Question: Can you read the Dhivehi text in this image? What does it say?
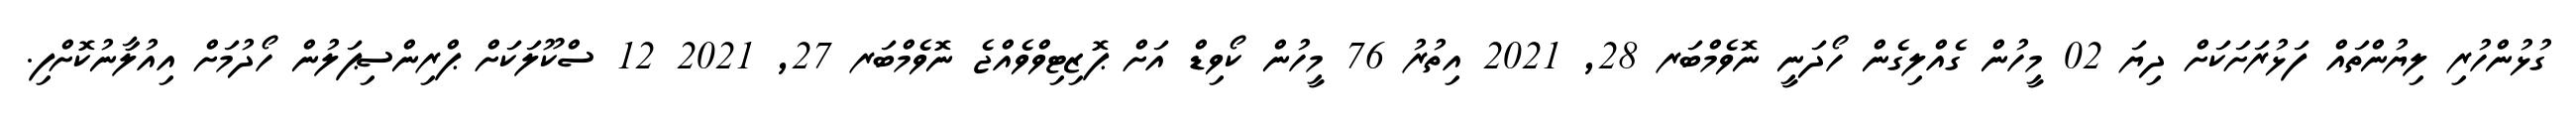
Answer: ގުޅުންހުރި ލިޔުންތައް ފަޅުރަށަކަށް ދިޔަ 02 މީހުން ގެއްލިގެން ހޯދަނީ ނޮވެމްބަރ 28, 2021 އިތުރު 76 މީހުން ކޯވިޑް އަށް ޕޮޒިޓިވްވެއްޖެ ނޮވެމްބަރ 27, 2021 12 ސްކޫލަކަށް ޕްރިންސިޕަލުން ހޯދުމަށް އިއުލާނުކޮށްފި.